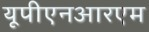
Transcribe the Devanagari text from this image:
यूपीएनआरएम